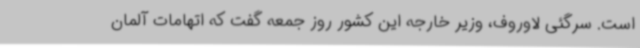
است. سرگئی لاوروف، وزیر خارجه این کشور روز جمعه گفت که اتهامات آلمان